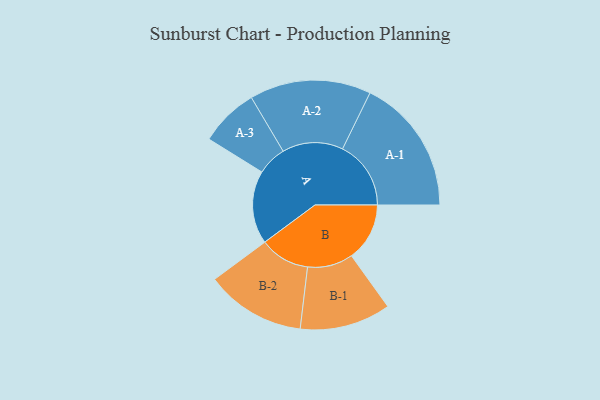
{"axis": {"x": "Segment", "y": "Value"}, "legend": ["", "A", "B"], "data": [{"x": "A", "y": 278, "type": ""}, {"x": "B", "y": 221, "type": ""}, {"x": "A-1", "y": 260, "type": "A"}, {"x": "A-2", "y": 231, "type": "A"}, {"x": "A-3", "y": 112, "type": "A"}, {"x": "B-1", "y": 173, "type": "B"}, {"x": "B-2", "y": 190, "type": "B"}]}